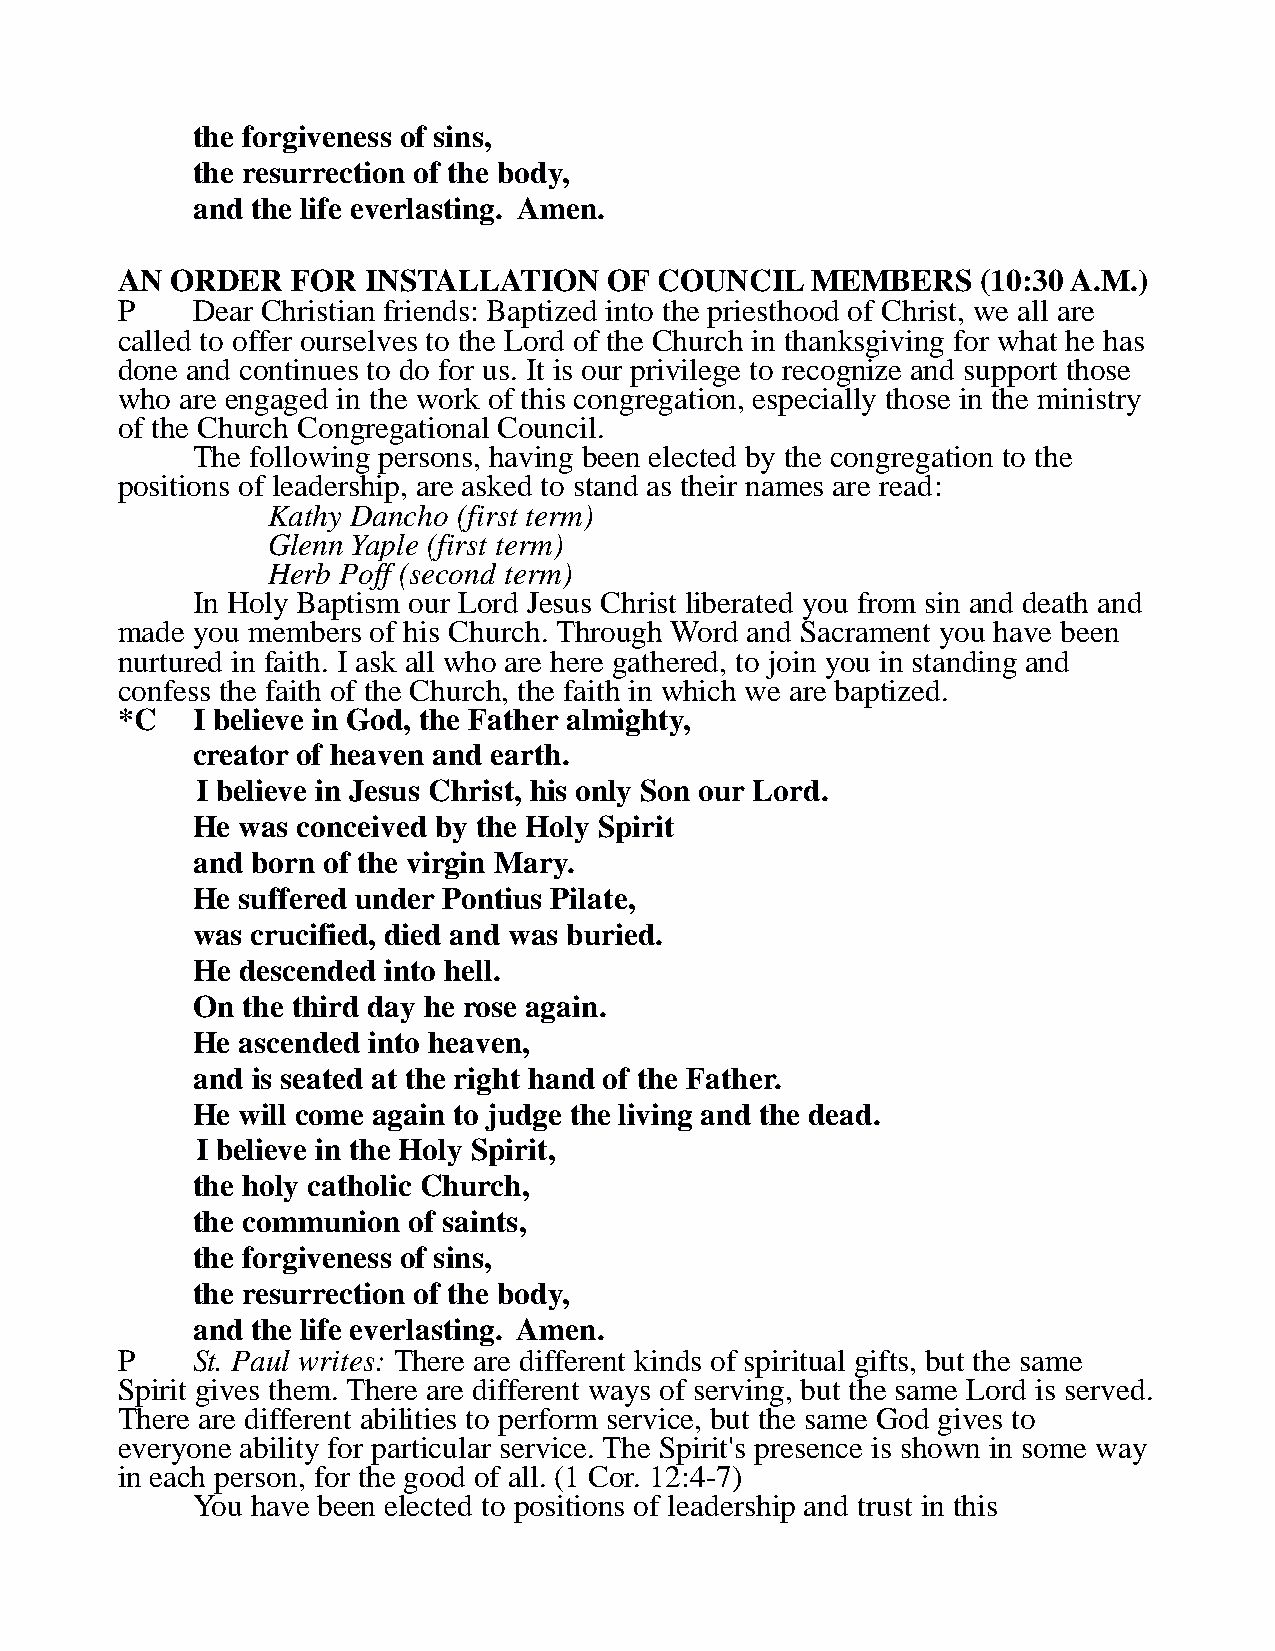
the forgiveness of sins,
 the resurrection of the body,
 and the life everlasting. Amen.
 AN ORDER   FOR  INSTALLATION    OF  COUNCIL   MEMBERS    (10:30 A.M.)
 P    Dear Christian friends: Baptized into the priesthood of Christ, we all are
 called to offer ourselves to the Lord of the Church in thanksgiving for what he has
 done and continues to do for us. It is our privilege to recognize and support those
 who are engaged in the work of this congregation, especially those in the ministry
 of the Church Congregational Council.
 The following persons, having been elected by the congregation to the
 positions of leadership, are asked to stand as their names are read:
 Kathy Dancho (first term)
 Glenn Yaple (first term)
 Herb Poff (second term)
 In Holy Baptism our Lord Jesus Christ liberated you from sin and death and
 made you members of his Church. Through Word and Sacrament you have been
 nurtured in faith. I ask all who are here gathered, to join you in standing and
 confess the faith of the Church, the faith in which we are baptized.
 *C   I believe in God, the Father almighty,
 creator of heaven and earth.
 I believe in Jesus Christ, his only Son our Lord.
 He was conceived by the Holy Spirit
 and born of the virgin Mary.
 He suffered under Pontius Pilate,
 was crucified, died and was buried.
 He descended into hell.
 On the third day he rose again.
 He ascended into heaven,
 and is seated at the right hand of the Father.
 He will come again to judge the living and the dead.
 I believe in the Holy Spirit,
 the holy catholic Church,
 the communion of saints,
 the forgiveness of sins,
 the resurrection of the body,
 and the life everlasting. Amen.
 P    St. Paul writes: There are different kinds of spiritual gifts, but the same
 Spirit gives them. There are different ways of serving, but the same Lord is served.
 There are different abilities to perform service, but the same God gives to
 everyone ability for particular service. The Spirit's presence is shown in some way
 in each person, for the good of all. (1 Cor. 12:4-7)
 You have been elected to positions of leadership and trust in this